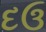
દઉ